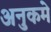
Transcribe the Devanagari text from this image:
अनुकमे